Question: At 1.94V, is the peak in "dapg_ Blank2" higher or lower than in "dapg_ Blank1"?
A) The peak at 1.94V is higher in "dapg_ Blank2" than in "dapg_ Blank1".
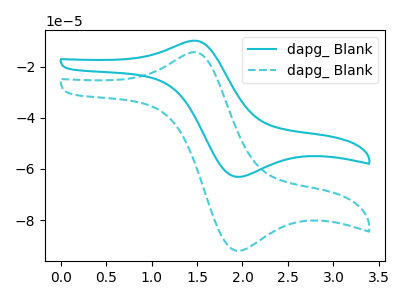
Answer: <think>The cyan curve "dapg_ Blank1" has an anodic peak at (1.45V, -9.95uA) and a cathodic peak at (1.95V, -63.10uA). The cyan dashed curve "dapg_ Blank2" has an anodic peak at (1.45V, -14.50uA) and a cathodic peak at (1.95V, -91.95uA).</think>
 <answer>A) The peak at 1.94V is higher in "dapg_ Blank2" than in "dapg_ Blank1".</answer>
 <eval>A</eval>